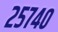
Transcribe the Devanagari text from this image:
२५७४०